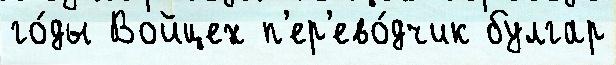
го́ды Войцех п'ер'ево́дчик булгар